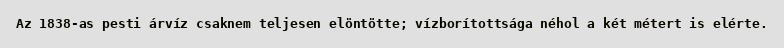
Az 1838-as pesti árvíz csaknem teljesen elöntötte; vízborítottsága néhol a két métert is elérte.